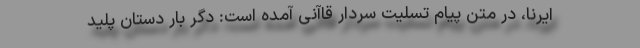
ایرنا، در متن پیام تسلیت سردار قاآنی آمده است: دگر بار دستان پلید